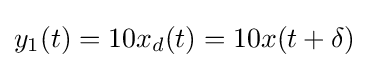
y_{1}(t)=10x_{d}(t)=10x(t+\delta )